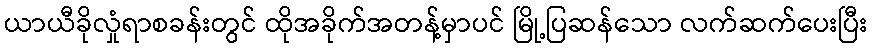
ယာယီခိုလှုံရာစခန်းတွင် ထိုအခိုက်အတန့်မှာပင် မြို့ပြဆန်သော လက်ဆက်ပေးပြီး